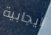
ايجابية